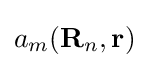
{a_{m}(\mathbf {R} _{n},\mathbf {r} )}